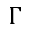
\Gamma